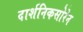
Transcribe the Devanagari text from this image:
दार्शनिकसोरेन